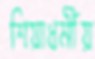
শিয়াধর্মীয়